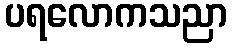
ပရလောကသညာ